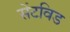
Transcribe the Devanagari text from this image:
सेंटविड